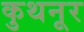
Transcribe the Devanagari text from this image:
कुथनूर